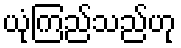
ယုံကြည်သည်ဟု